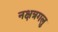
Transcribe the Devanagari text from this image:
नक्षत्रगलु